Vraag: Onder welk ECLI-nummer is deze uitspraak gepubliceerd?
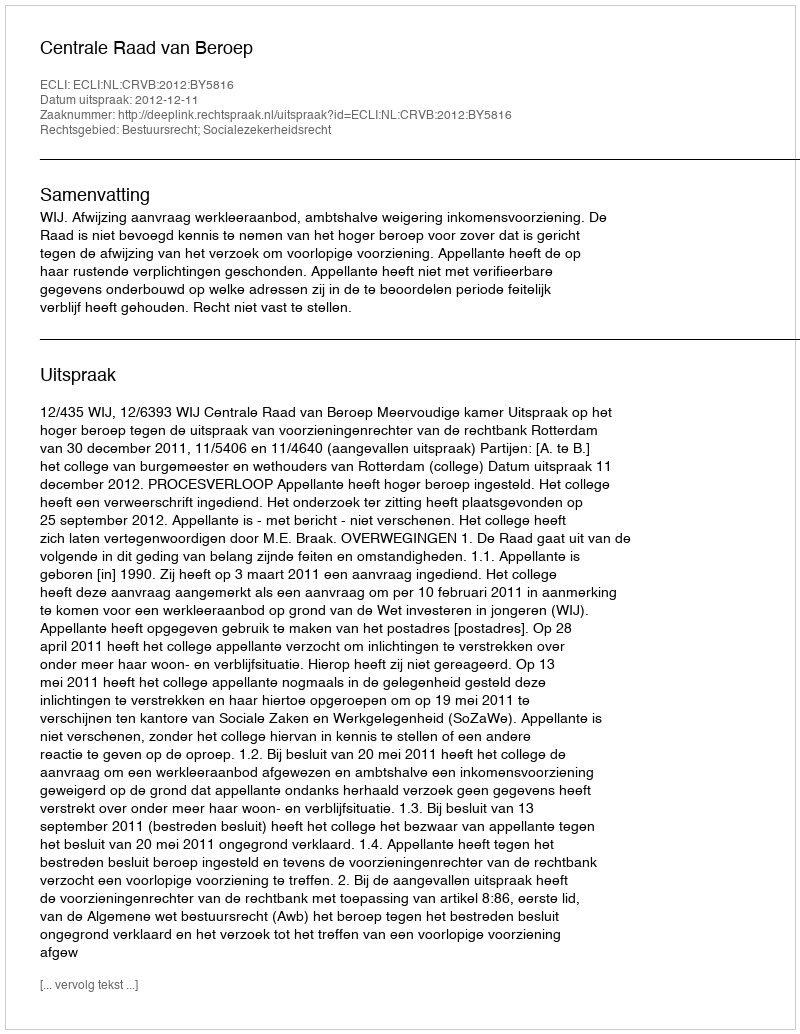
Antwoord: ECLI:NL:CRVB:2012:BY5816